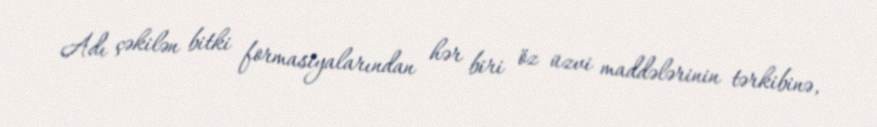
Adı çəkilən bitki formasiyalarından hər biri öz üzvi maddələrinin tərkibinə,